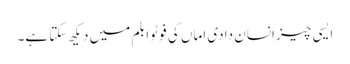
ایسی چیز انسان دادی اماں کی فوٹو ابلم میں دیکھ سکتا ہے۔